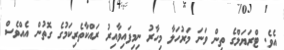
އެވެ. ޓްރަޔަލްގެ ތިން ވަނަ މަރުހަލާ މިހާރު ނިމިފައިވާއިރު ރައްކާތެރިކަމުގެ ގޮތުން އެއްވެސް